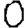
Digit: 0